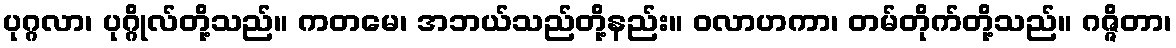
ပုဂ္ဂလာ၊ ပုဂ္ဂိုလ်တို့သည်။ ကတမေ၊ အဘယ်သည်တို့နည်း။ ဝလာဟကာ၊ တမ်တိုက်တို့သည်။ ဂဇ္ဇိတာ၊